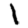
Digit: 1